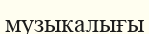
музыкалығы